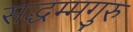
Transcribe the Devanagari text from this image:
सद्धम्मगुरु